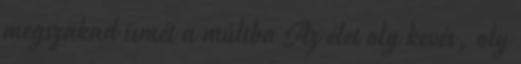
megszakad ismét a múltba Az élet oly kevés, oly